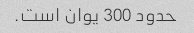
حدود 300 یوان است.